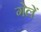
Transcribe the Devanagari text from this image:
गेलें